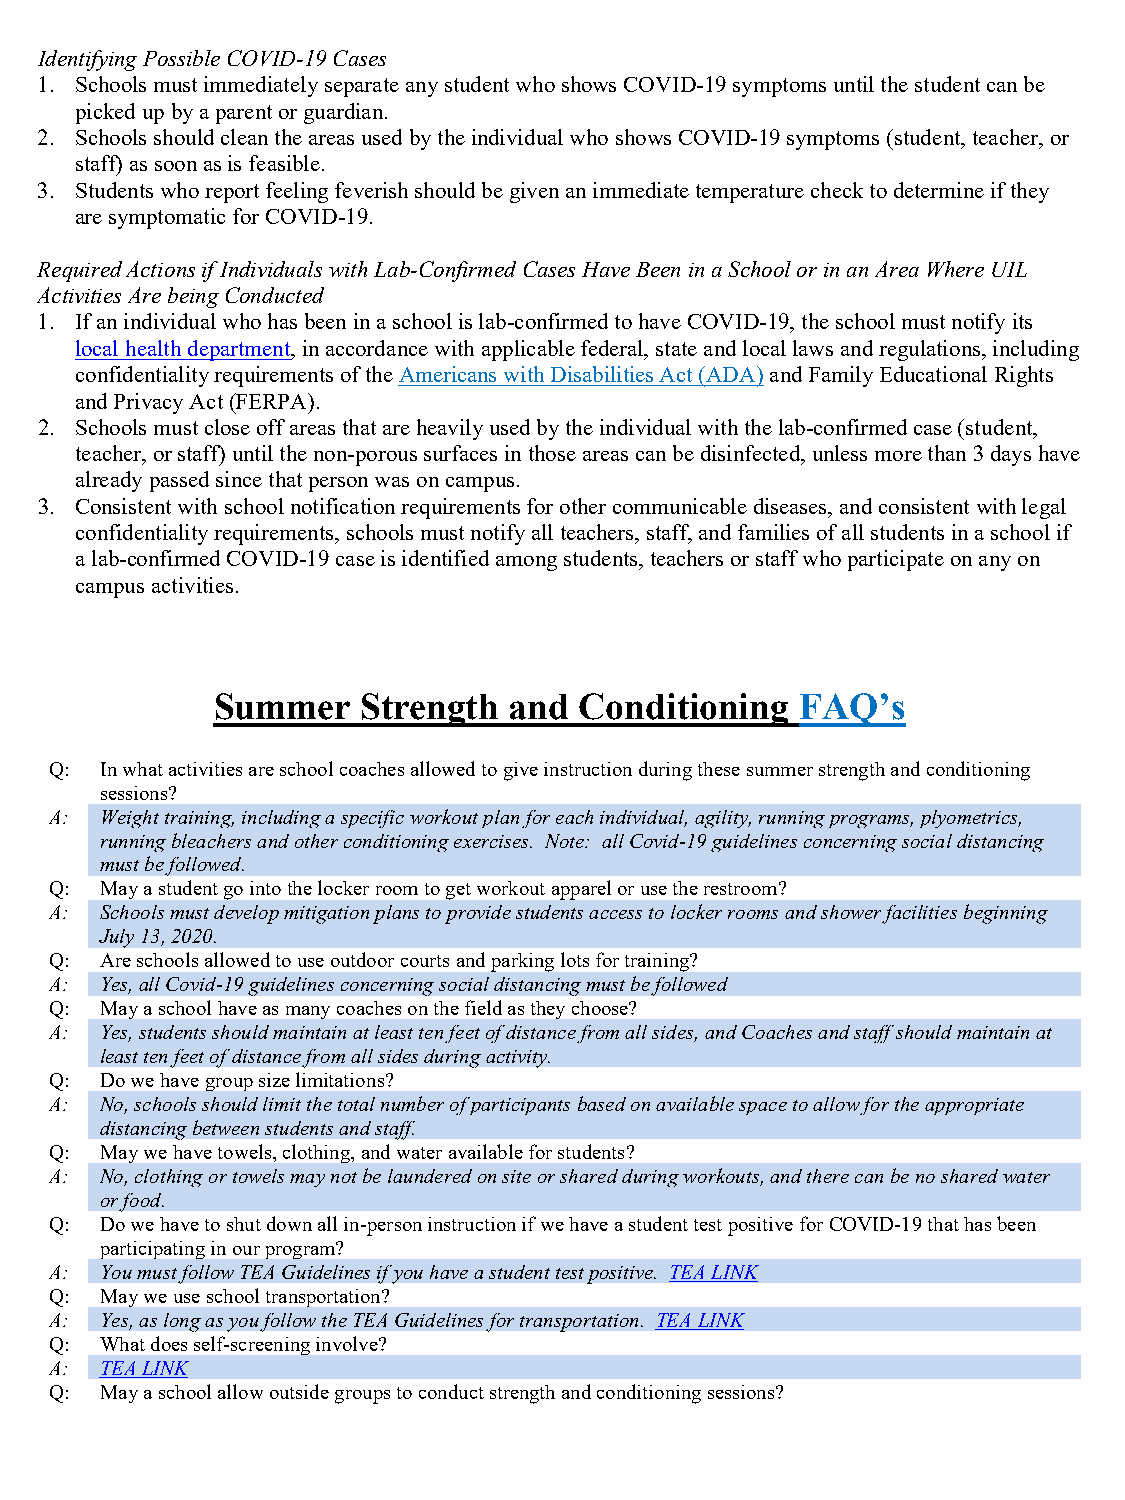
Identifying Possible COVID-19 Cases
 1. Schools must immediately separate any student who shows COVID-19 symptoms until the student can be
 picked up by a parent or guardian.
 2. Schools should clean the areas used by the individual who shows COVID-19 symptoms (student, teacher, or
 staff) as soon as is feasible.
 3. Students who report feeling feverish should be given an immediate temperature check to determine if they
 are symptomatic for COVID-19.
 Required Actions if Individuals with Lab-Confirmed Cases Have Been in a School or in an Area Where UIL
 Activities Are being Conducted
 1. If an individual who has been in a school is lab-confirmed to have COVID-19, the school must notify its
 local health department, in accordance with applicable federal, state and local laws and regulations, including
 confidentiality requirements of the Americans with Disabilities Act (ADA) and Family Educational Rights
 and Privacy Act (FERPA).
 2. Schools must close off areas that are heavily used by the individual with the lab-confirmed case (student,
 teacher, or staff) until the non-porous surfaces in those areas can be disinfected, unless more than 3 days have
 already passed since that person was on campus.
 3. Consistent with school notification requirements for other communicable diseases, and consistent with legal
 confidentiality requirements, schools must notify all teachers, staff, and families of all students in a school if
 a lab-confirmed COVID-19 case is identified among students, teachers or staff who participate on any on
 campus activities.
 Summer    Strength  and Conditioning   FAQ’s
 Q:  In what activities are school coaches allowed to give instruction during these summer strength and conditioning
 sessions?
 A:  Weight training, including a specific workout plan for each individual, agility, running programs, plyometrics,
 running bleachers and other conditioning exercises. Note: all Covid-19 guidelines concerning social distancing
 must be followed.
 Q:  May a student go into the locker room to get workout apparel or use the restroom?
 A:  Schools must develop mitigation plans to provide students access to locker rooms and shower facilities beginning
 July 13, 2020.
 Q:  Are schools allowed to use outdoor courts and parking lots for training?
 A:  Yes, all Covid-19 guidelines concerning social distancing must be followed
 Q:  May a school have as many coaches on the field as they choose?
 A:  Yes, students should maintain at least ten feet of distance from all sides, and Coaches and staff should maintain at
 least ten feet of distance from all sides during activity.
 Q:  Do we have group size limitations?
 A:  No, schools should limit the total number of participants based on available space to allow for the appropriate
 distancing between students and staff.
 Q:  May we have towels, clothing, and water available for students?
 A:  No, clothing or towels may not be laundered on site or shared during workouts, and there can be no shared water
 or food.
 Q:  Do we have to shut down all in-person instruction if we have a student test positive for COVID-19 that has been
 participating in our program?
 A:  You must follow TEA Guidelines if you have a student test positive. TEA LINK
 Q:  May we use school transportation?
 A:  Yes, as long as you follow the TEA Guidelines for transportation. TEA LINK
 Q:  What does self-screening involve?
 A:  TEA LINK
 Q:  May a school allow outside groups to conduct strength and conditioning sessions?